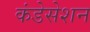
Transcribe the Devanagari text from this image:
कंडेसेशन